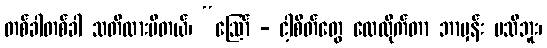
တစ်ခါတစ်ခါ သတိထားမိတယ်၊ “ဩော် - ငါ့စိတ်တွေ လေလိုက်တာ ဘာမှန်း မသိဘူး၊